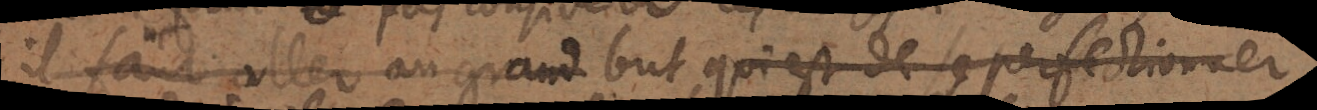
il faut aller au grand but, qui est de perfectionner,